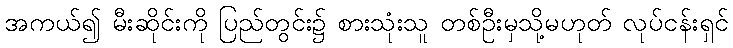
အကယ်၍ မီးဆိုင်းကို ပြည်တွင်း၌ စားသုံးသူ တစ်ဦးမှသို့မဟုတ် လုပ်ငန်းရှင်